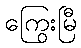
ကြွေးမြီ